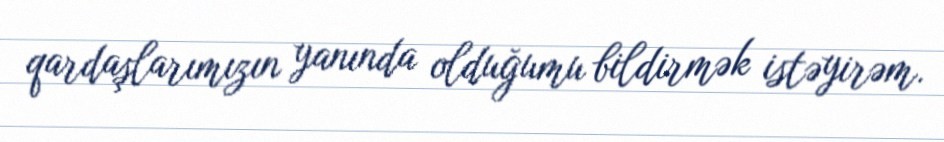
qardaşlarımızın yanında olduğumu bildirmək istəyirəm.